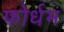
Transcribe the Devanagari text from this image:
फोर्धम